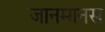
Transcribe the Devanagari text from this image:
जानमानस